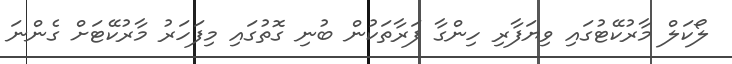
ލޯކަލް މާރުކޭޓުގައި ވިޔަފާރި ހިންގާ ފަރާތަކުން ބުނި ގޮތުގައި މިފަހަރު މާރުކޭޓަށް ގެންނަ